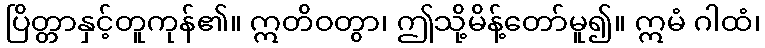
ပြိတ္တာနှင့်တူကုန်၏။ ဣတိဝတွာ၊ ဤသို့မိန့်တော်မူ၍။ ဣမံ ဂါထံ၊